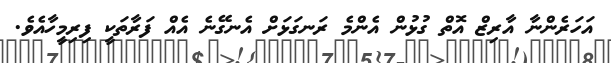
އަހަރެންނާ އާރިޒް އޮތް ގުޅުން އެންމެ ރަނގަޅަށް އެނގޭނެ އެއް ފަރާތަކީ ފިރިމީހާއެވެ.